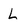
Character: L